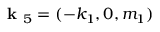
\textbf { k } _ { 5 } = ( - k _ { 1 } , 0 , m _ { 1 } )